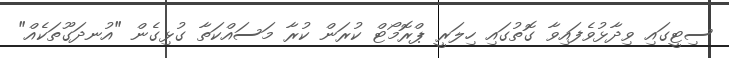
ސިޓީގައި ވިދާޅުވެފައިވާ ގޮތުގައި ހިލަރީ ޕްރޮމޯޓް ކުރަން ކުރާ މަސައްކަތާ ގުޅިގެން "އުނދަގޫތަކެއް"